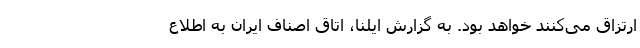
ارتزاق می‌کنند خواهد بود. به گزارش ایلنا، اتاق اصناف ایران به اطلاع